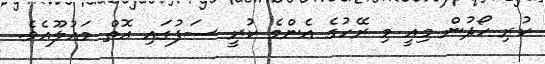
ކުރި ހޯދުން މިއީ މި ރޭހުގެ އެންމެ ކުރީ ސަފުގައި އޮތް މައުލޫއެވެ.